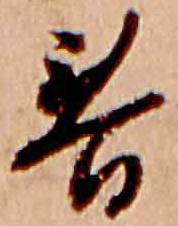
春